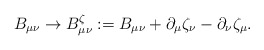
\begin{align*}B_{\mu\nu} \rightarrow B_{\mu\nu}^\zeta := B_{\mu\nu} + \partial_\mu \zeta_\nu - \partial_\nu \zeta_\mu .\end{align*}